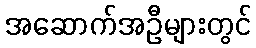
အဆောက်အဦများတွင်